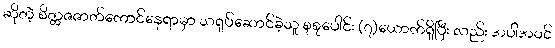
ဆိုတဲ့ စိတ္တဇဇာတ်ကောင်နေရာမှာ သရုပ်ဆောင်ခဲ့သူ စုစုပေါင်း (၇)ယောက်ရှိပြီး လည်း အပါအဝင်